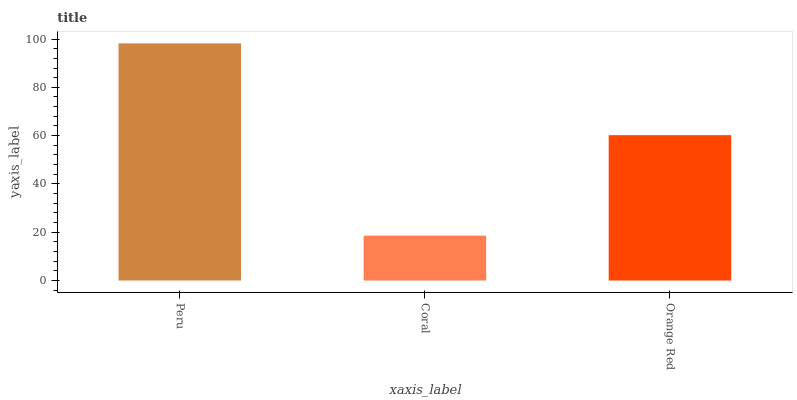
| xaxis_label | bars |
 | --- | --- |
 | Peru | 98.2 |
 | Coral | 18.6 |
 | Orange Red | 60.2 |